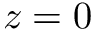
z = 0